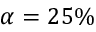
\alpha = 2 5 \%